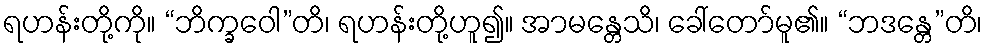
ရဟန်းတို့ကို။ “ဘိက္ခဝေါ”တိ၊ ရဟန်းတို့ဟူ၍။ အာမန္တေသိ၊ ခေါ်တော်မူ၏။ “ဘဒန္တေ”တိ၊